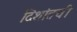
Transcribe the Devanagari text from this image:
दिशांतची